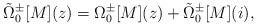
LaTeX: \begin{align*}\tilde{\Omega}_{0}^{\pm}[M](z) = \Omega_{0}^{\pm}[M](z) +\tilde{\Omega}_{0}^{\pm}[M](i),\end{align*}